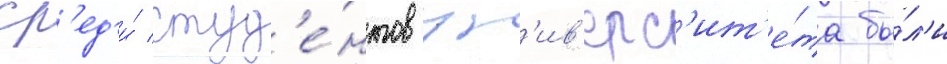
Ср'ед'и́ студ'е́нтов ун'ив'ерс'ит'е́та бы́л'и